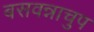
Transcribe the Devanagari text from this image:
बसवन्नाचुप